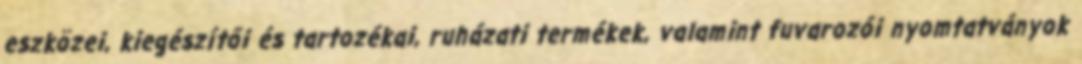
eszközei, kiegészítői és tartozékai, ruházati termékek, valamint fuvarozói nyomtatványok